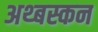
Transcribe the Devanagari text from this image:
अथ्बस्कन